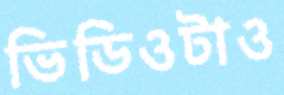
ভিডিওটাও